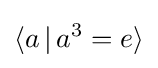
\langle a\,|\,a^{3}=e\rangle